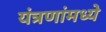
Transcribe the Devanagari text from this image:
यंत्रणांमध्ये